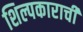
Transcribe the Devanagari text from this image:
शिल्पकाराची